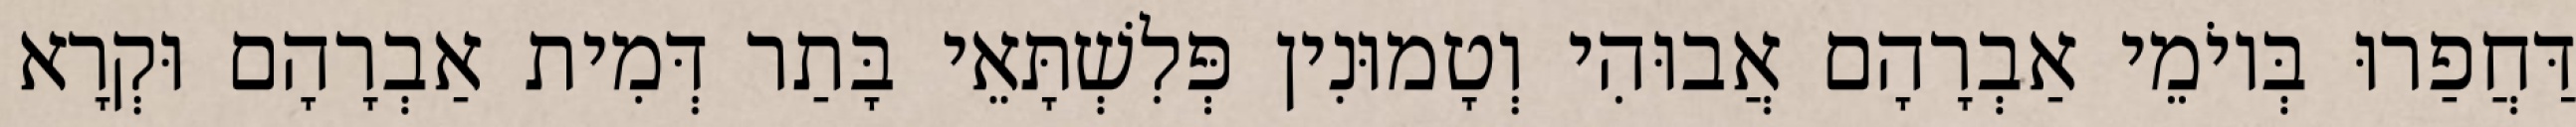
דַּחֲפַרוּ בְּיוֹמֵי אַבְרָהָם אֲבוּהִי וְטָמוּנִין פְּלִשְׁתָּאֵי בָּתַר דְּמִית אַבְרָהָם וּקְרָא